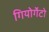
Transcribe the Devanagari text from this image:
गियोर्गेटो